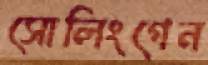
সোলিংগেন